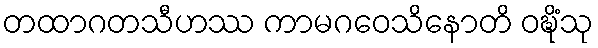
တထာဂတသီဟဿ ကာမဂဝေသိနောတိ ဝဍ္ဎိံသု